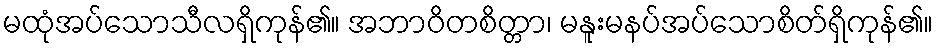
မထုံအပ်သောသီလရှိကုန်၏။ အဘာဝိတစိတ္တာ၊ မနူးမနပ်အပ်သောစိတ်ရှိကုန်၏။